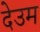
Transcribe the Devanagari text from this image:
देउम